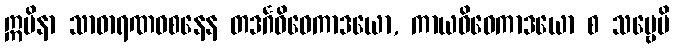
ဣမိနာ သာဓာရဏဝစနေန တဒင်္ဂဝိဝေကာဒယော, ကာယဝိဝေကာဒယော စ သဗ္ဗေပိ